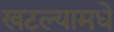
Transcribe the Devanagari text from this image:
खटल्यामधे